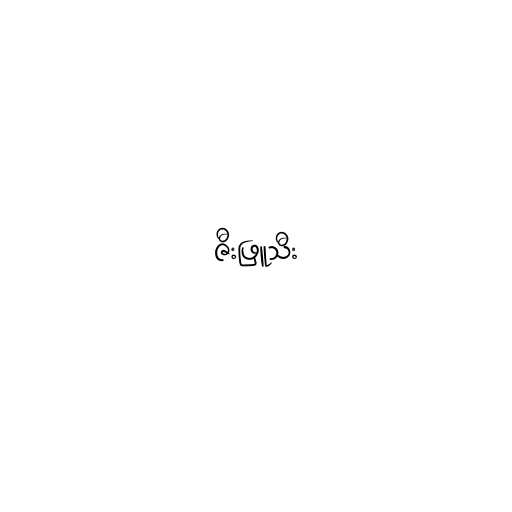
ဇီးဖြူသီး